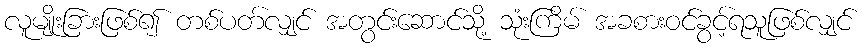
လူမျိုးခြားဖြစ်၍ တစ်ပတ်လျှင် အတွင်းဆောင်သို့ သုံးကြိမ် အခစားဝင်ခွင့်ရသူဖြစ်လျှင်